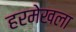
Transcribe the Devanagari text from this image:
हरमेखला